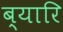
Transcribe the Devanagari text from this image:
ब्यारि